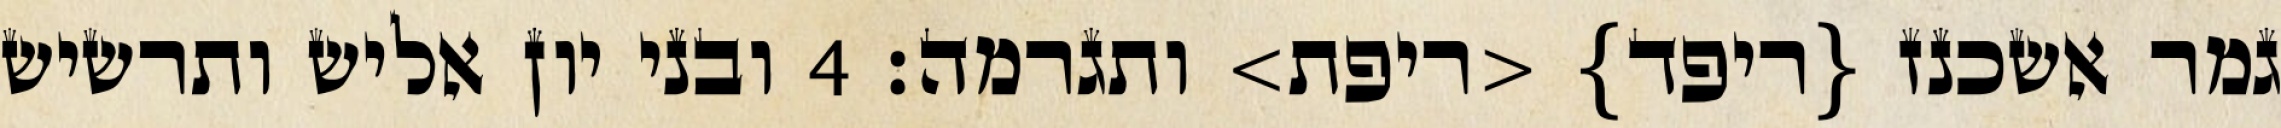
גמר אשכנז {ריפד} <ריפת> ותגרמה׃ ‎4‏ ובני יון אליש ותרשיש